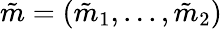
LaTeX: \tilde{m}=(\tilde{m}_{1},...,\tilde{m}_{2})